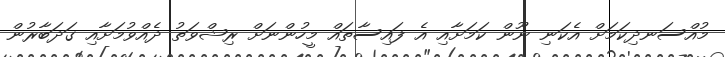
މުއްސަނދިކަމަށް އެކަނި ނޫން ކަމަށާއި އެ ފައިސާތައް މީހުންނަށް ރިޝްވަތު ދެއްވުމަށާއި ގަދަބާރުން